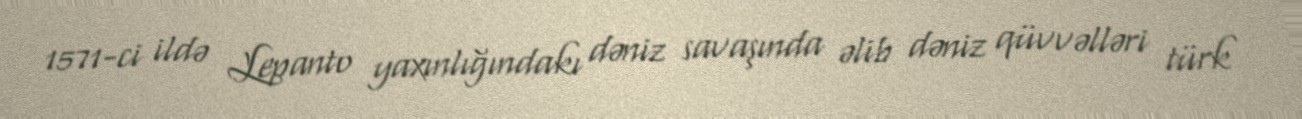
1571-ci ildə Lepanto yaxınlığındakı dəniz savaşında əlib dəniz qüvvəlləri türk